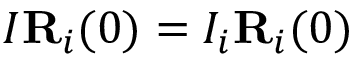
I { \bf R } _ { i } ( 0 ) = I _ { i } { \bf R } _ { i } ( 0 )